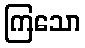
ကြသော